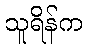
သူရိန်က